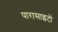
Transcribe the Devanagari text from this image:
पारासाइटों